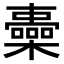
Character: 𣟏